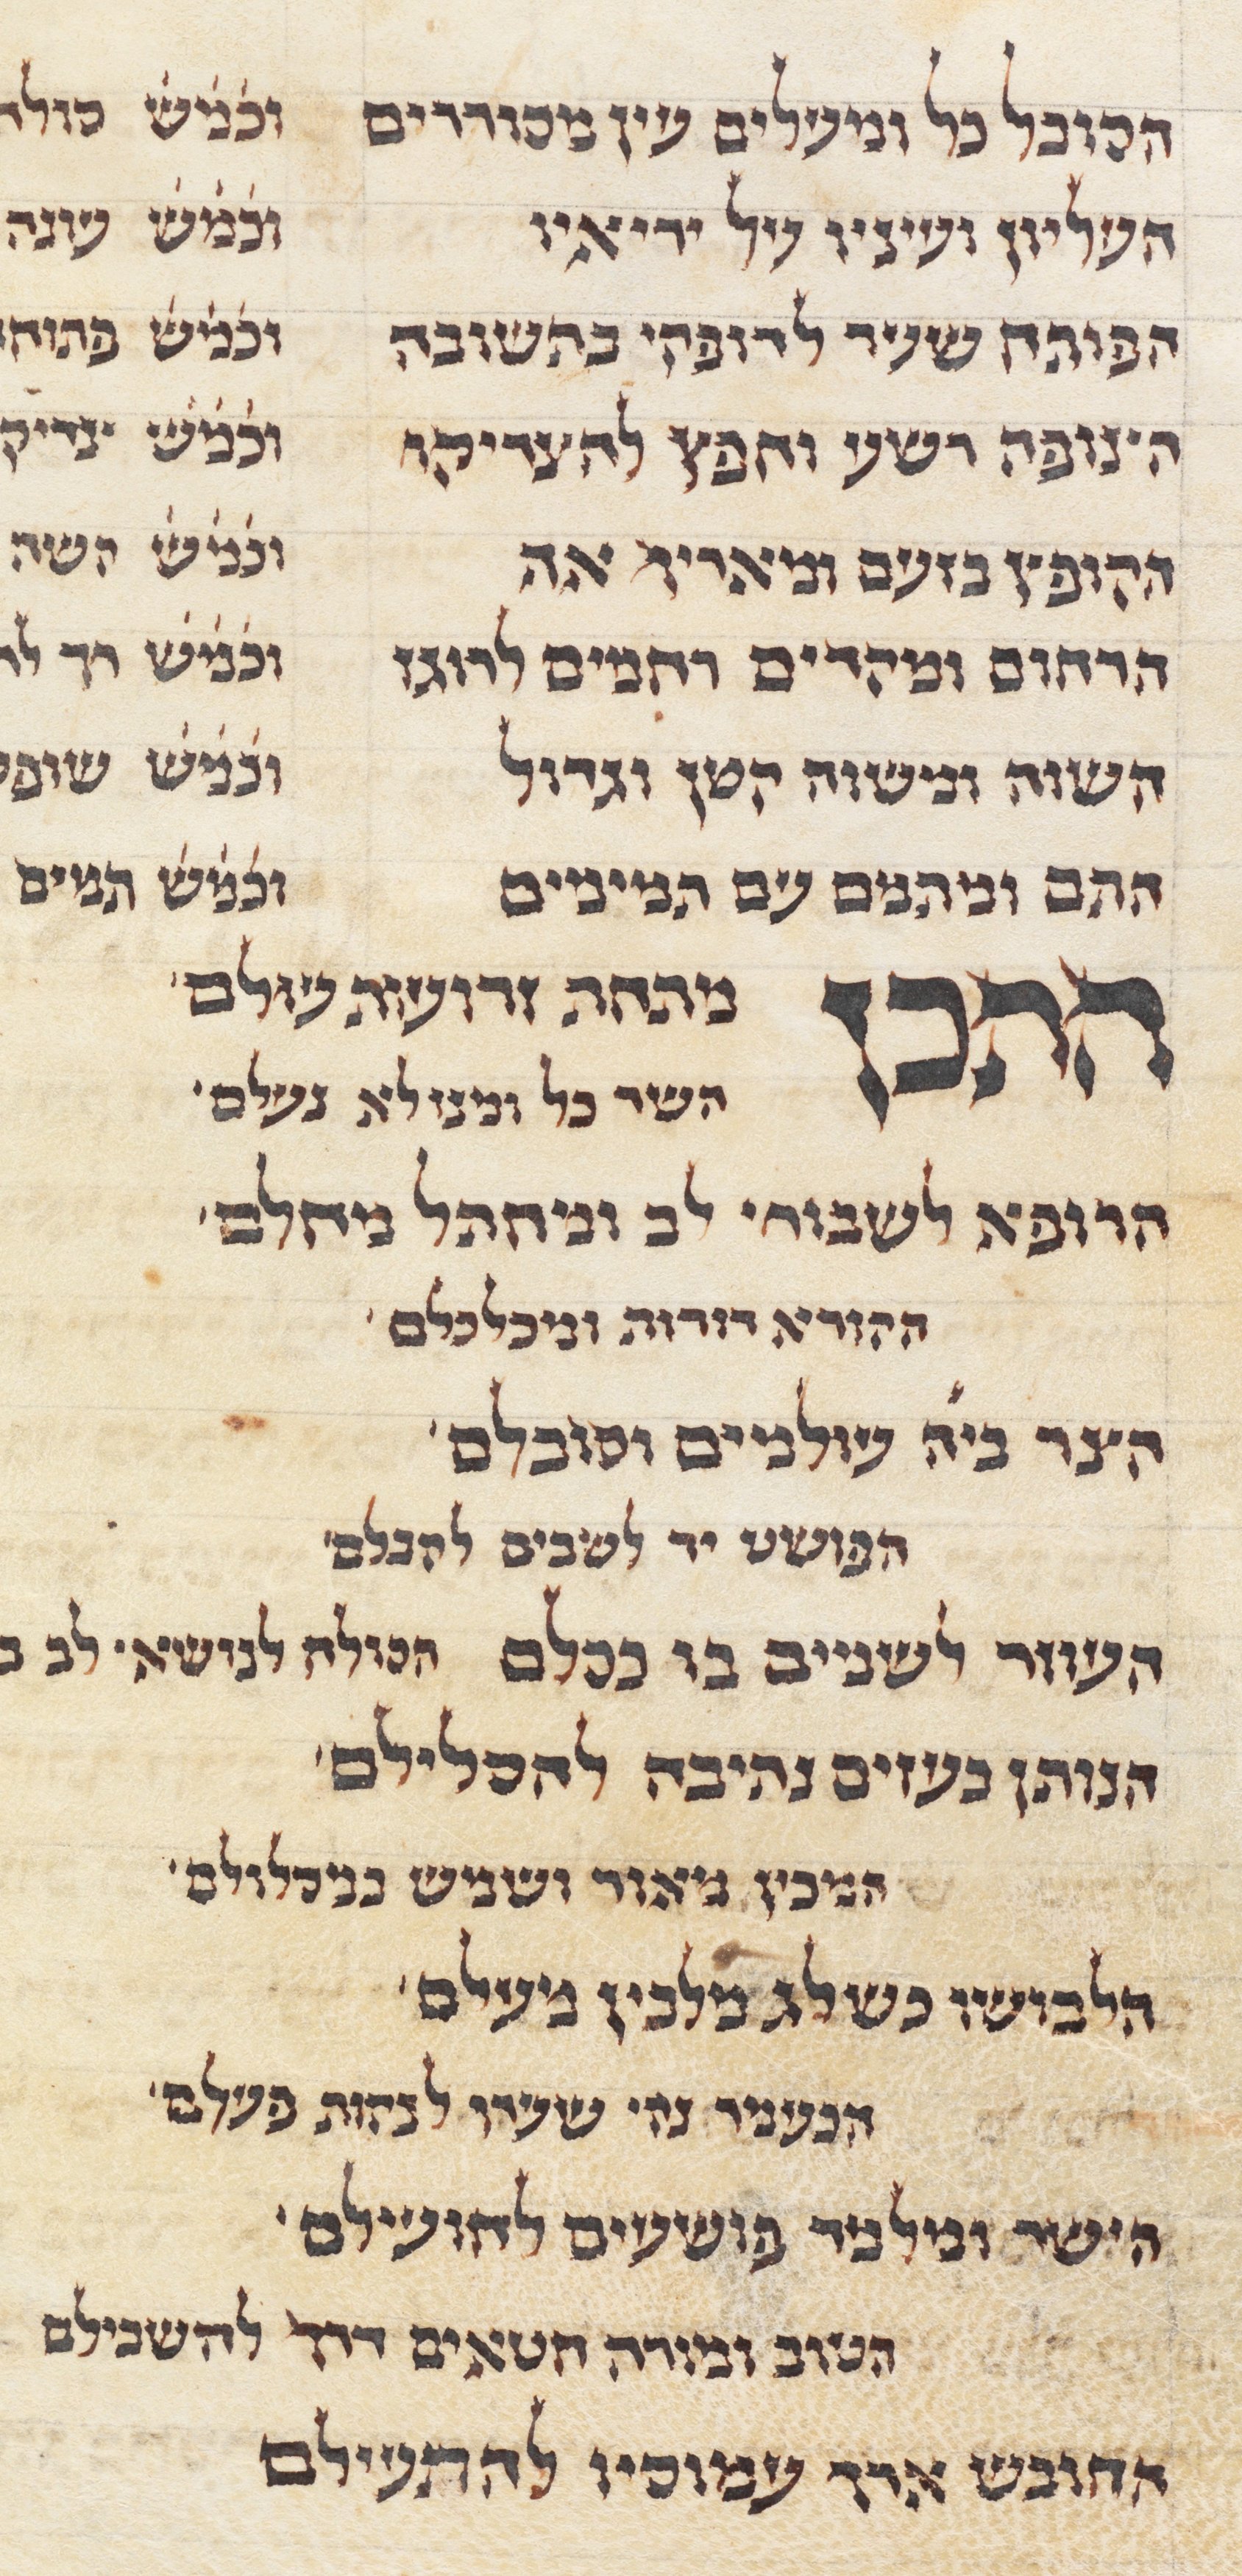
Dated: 1285–1315